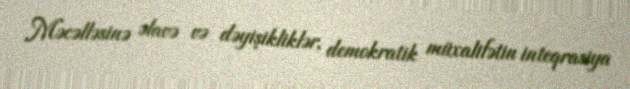
Məcəlləsinə əlavə və dəyişikliklər, demokratik müxalifətin inteqrasiya